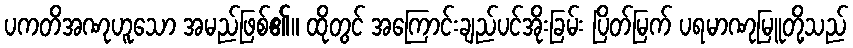
ပကတိအဏုဟူသော အမည်ဖြစ်၏။ ထိုတွင် အကြောင်းချည်ပင်အိုးခြမ်း ပြိတ်မြက် ပရမာဏုမြူတို့သည်